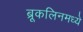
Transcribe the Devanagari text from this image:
ब्रूकलिनमध्ये